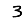
Digit: 3